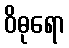
ဝိဓုရော